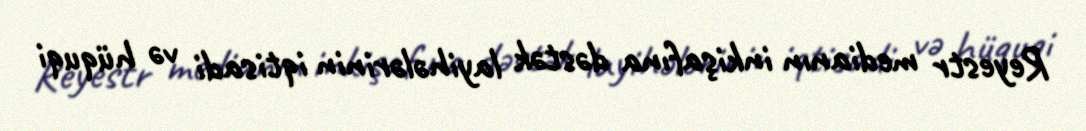
Reyestr medianın inkişafına dəstək layihələrinin iqtisadi və hüquqi